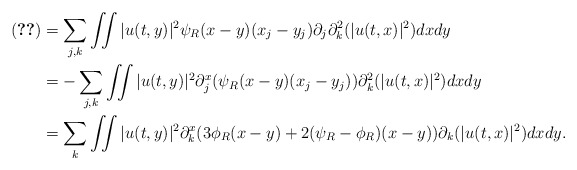
\begin{align*}\eqref{term-3} &= \sum_{j,k} \iint |u(t,y)|^2 \psi_R(x-y) (x_j-y_j) \partial_j \partial^2_k(|u(t,x)|^2) dxdy \\&=-\sum_{j,k} \iint |u(t,y)|^2 \partial^x_j(\psi_R(x-y)(x_j-y_j)) \partial^2_k(|u(t,x)|^2) dxdy \\&=\sum_{k} \iint |u(t,y)|^2 \partial^x_k(3\phi_R(x-y) + 2(\psi_R-\phi_R)(x-y)) \partial_k(|u(t,x)|^2) dxdy. \end{align*}